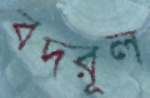
বদরূল